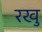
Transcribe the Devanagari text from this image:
रखु